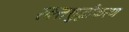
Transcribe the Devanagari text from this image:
रक्तशुद्धीकरण